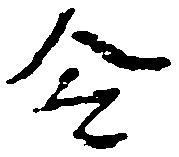
令